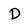
Character: D